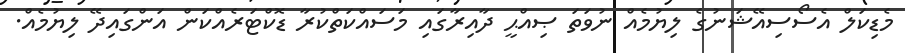
މެޑިކަލް އެސޯސިއޭޝަނުގެ ލިޔުމެއް ނުވަތަ ޞިއްޙީ ދާއިރާގައި މަސައްކަތްކުރާ ޑޮކްޓަރެއްކަން އަންގައިދޭ ލިޔުމެއް.